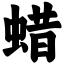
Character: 蜡